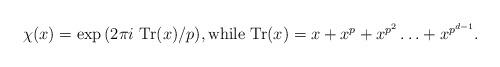
LaTeX: \begin{align*}\chi(x)=\exp{(2\pi i\, \operatorname{Tr}(x)/p)},\mbox{while $\operatorname{Tr}(x)=x+x^p+x^{p^2}\ldots+x^{p^{d-1}}$}.\end{align*}